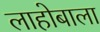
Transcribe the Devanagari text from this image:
लाहोबाला